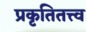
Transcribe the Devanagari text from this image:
प्रकृतितत्त्व